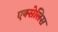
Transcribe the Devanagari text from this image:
एक्सेलिस